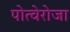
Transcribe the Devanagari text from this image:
पोत्वेरोजा